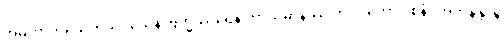
အမတာဘိသေကသဒိသေန ဗြဟ္မဿရေန ဘာသမာနဿ ဘဂဝတော ဝစနံ။ အဘိနန္ဒုန္တိ